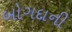
બોગદાની